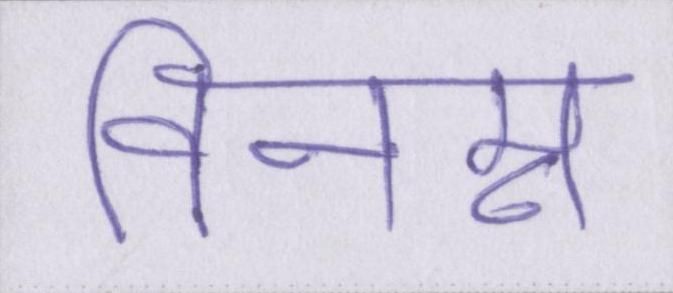
विनम्र